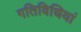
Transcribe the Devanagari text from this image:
गतिविधियां